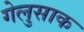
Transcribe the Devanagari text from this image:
गेलुसाक